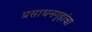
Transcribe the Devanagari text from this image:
प्रसाधनगृहांचा